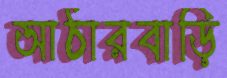
আঠারবাড়ি